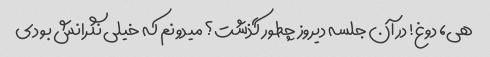
هی، دوغ! در آن جلسه دیروز چطور گذشت؟ میدونم که خیلی نگرانش بودی